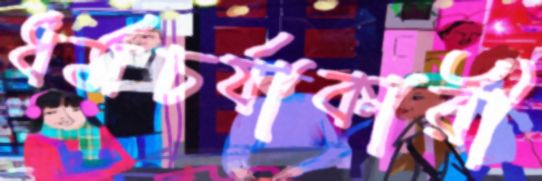
ধর্মচর্যাকারী